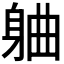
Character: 𬧣